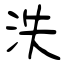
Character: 泆